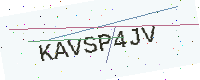
Text: KAVSP4JV